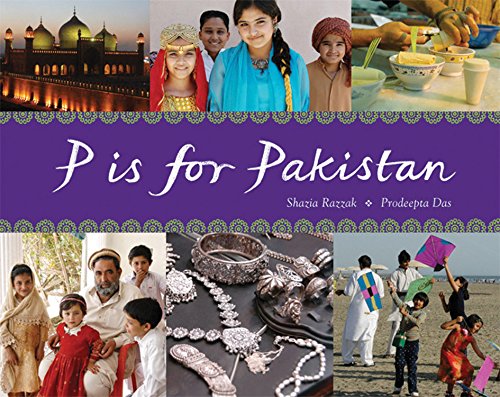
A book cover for P Is for Pakistan (World Alphabets); Shazia Razzak; Children's Books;